Elephants and their diseases
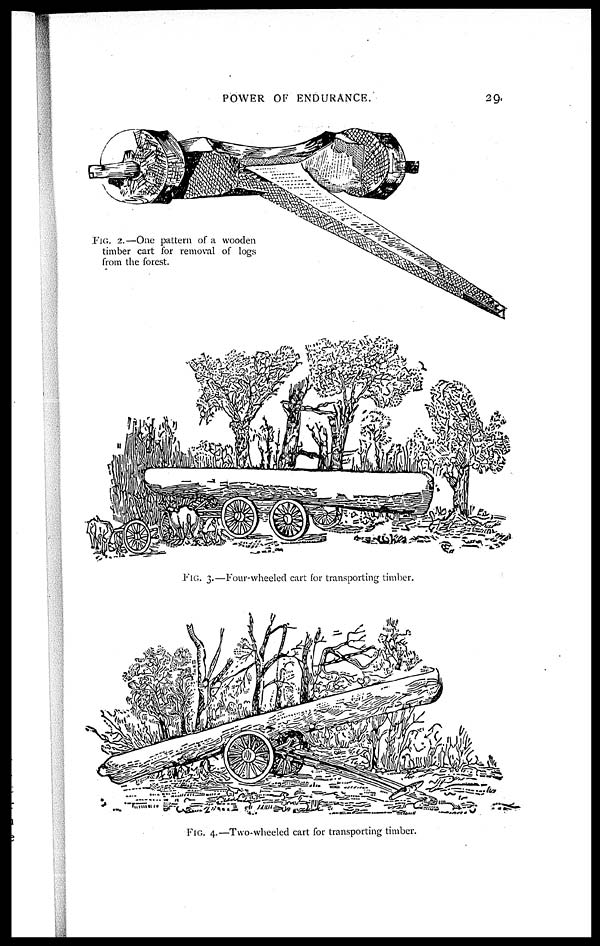
POWER OF ENDURANCE.
29
FIG. 2.—One pattern of a wooden
timber cart for removal of logs
from the forest.
FIG. 3.—Four-wheeled cart for transporting timber.
FIG. 4.—Two-wheeled cart for transporting timber.